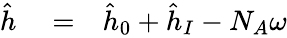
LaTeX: \begin{array}{rlr}{\hat{h}}&{{}=}&{\hat{h}_{0}+\hat{h}_{I}-N_{A}\omega}\end{array}